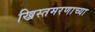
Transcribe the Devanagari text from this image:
ख्रिस्तमरणाच्या